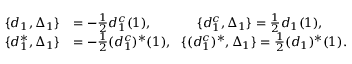
\begin{array} { r l } { \{ d _ { 1 } , \Delta _ { 1 } \} } & { = - \frac 1 2 d _ { 1 } ^ { c } ( 1 ) , \ \ \ \ \ \ \ \ \ \ \{ d _ { 1 } ^ { c } , \Delta _ { 1 } \} = \frac 1 2 d _ { 1 } ( 1 ) , } \\ { \{ d _ { 1 } ^ { * } , \Delta _ { 1 } \} } & { = - \frac 1 2 ( d _ { 1 } ^ { c } ) ^ { * } ( 1 ) , \ \ \{ ( d _ { 1 } ^ { c } ) ^ { * } , \Delta _ { 1 } \} = \frac 1 2 ( d _ { 1 } ) ^ { * } ( 1 ) . } \end{array}